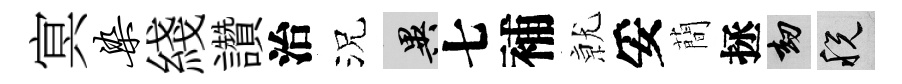
㝠染綫讚治況异七補𭕒妥蕳拯劫税